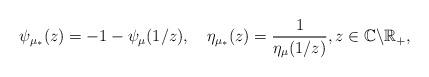
LaTeX: \begin{align*}\psi_{\mu_{*}}(z)=-1-\psi_{\mu}(1/z),\quad\eta_{\mu_{*}}(z)=\frac{1}{\eta_{\mu}(1/z)},z\in\mathbb{C}\backslash\mathbb{R}_{+},\end{align*}